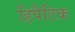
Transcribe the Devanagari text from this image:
हिपैटिक